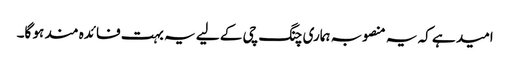
امید ہے کہ یہ منصوبہ ہماری چنگ چی کے لیے یہ بہت فائدہ مند ہو گا۔